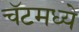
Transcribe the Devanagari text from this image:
चॅटमध्ये